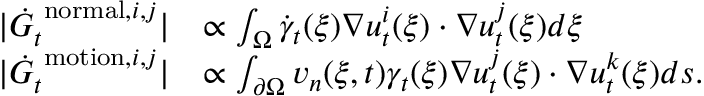
\begin{array} { r l } { | \dot { G } _ { t } ^ { \mathrm { \scriptsize ~ n o r m a l } , i , j } | } & { \propto \int _ { \Omega } \dot { \gamma } _ { t } ( \boldsymbol \xi ) \nabla u _ { t } ^ { i } ( \boldsymbol \xi ) \cdot \nabla u _ { t } ^ { j } ( \boldsymbol \xi ) d \boldsymbol \xi } \\ { | \dot { G } _ { t } ^ { \mathrm { \scriptsize ~ m o t i o n } , i , j } | } & { \propto \int _ { \partial \Omega } v _ { n } ( \boldsymbol \xi , t ) \gamma _ { t } ( \boldsymbol \xi ) \nabla u _ { t } ^ { j } ( \boldsymbol \xi ) \cdot \nabla u _ { t } ^ { k } ( \boldsymbol \xi ) d \boldsymbol s . } \end{array}